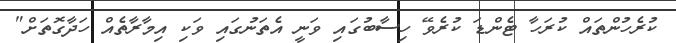
ކުރެހުންތައް ކުރަހާ ޓެންޑަ ކުރެވޭ ހިސާބުގައި ވަނީ އެތަނުގައި ވަކި އިމާރާތެއް ހަދާގޮތަށް"